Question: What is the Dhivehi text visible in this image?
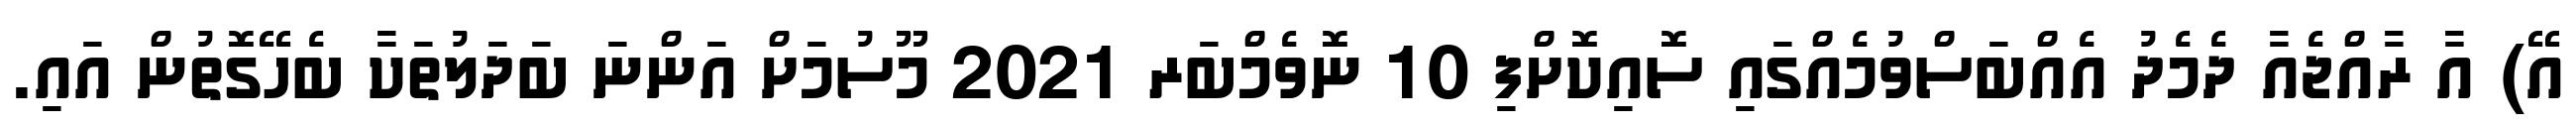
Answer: އޭ) އާ ރާއްޖެއާ ދެމެދު އެއްބަސްވުމެއްގައި ސޮއިކޮށްފި 10 ނޮވެމްބަރ 2021 މޫސުމަށް އަންނަ ބަދަލުތަކާ ބެހޭގޮތުން އައި.